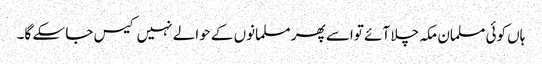
ہاں کوئی مسلمان مکہ چلا آئے تواسے پھر مسلمانوں کے حوالے نہیں کیس جا سکے گا۔